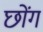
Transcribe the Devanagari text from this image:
छोंग